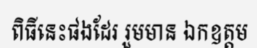
ពិធីនេះផងដែរ រួមមាន ឯកឧត្តម